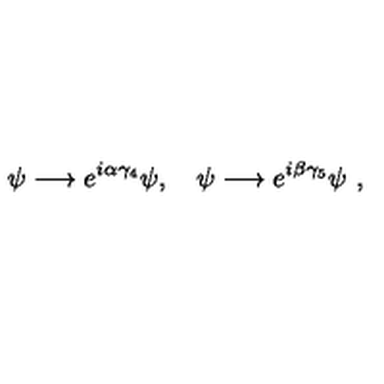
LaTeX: \psi \longrightarrow { e } ^ { i \alpha \gamma _ { 4 } } \psi , \quad \psi \longrightarrow { e } ^ { i \beta \gamma _ { 5 } } \psi \ ,